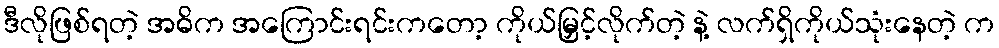
ဒီလိုဖြစ်ရတဲ့ အဓိက အကြောင်းရင်းကတော့ ကိုယ်မြှင့်လိုက်တဲ့ နဲ့ လက်ရှိကိုယ်သုံးနေတဲ့ က